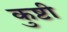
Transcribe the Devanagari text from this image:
कुष्टी